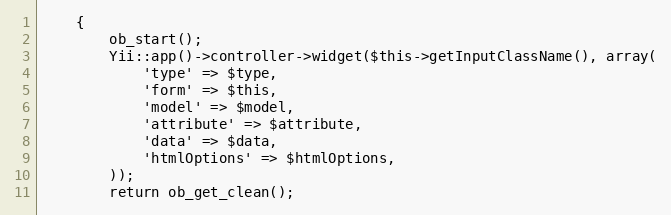
Language: PHP
	{
		ob_start();
		Yii::app()->controller->widget($this->getInputClassName(), array(
			'type' => $type,
			'form' => $this,
			'model' => $model,
			'attribute' => $attribute,
			'data' => $data,
			'htmlOptions' => $htmlOptions,
		));
		return ob_get_clean();